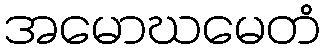
အမောဃမေတံ